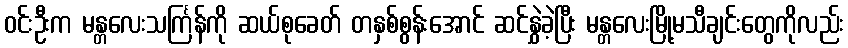
ဝင်းဦးက မန္တလေးသင်္ကြန်ကို ဆယ်စုခေတ် တနှစ်စွန်းအောင် ဆင်နွှဲခဲ့ပြီး မန္တလေးမြို့မသီချင်းတွေကိုလည်း